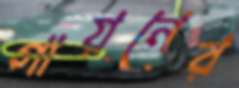
গায়নের